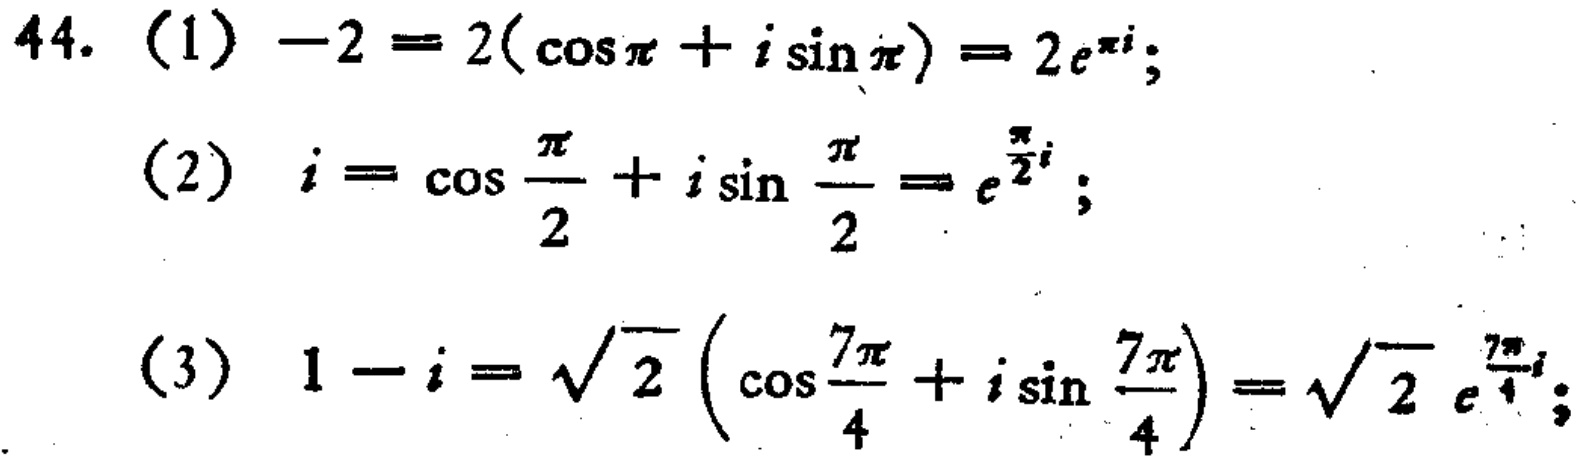
\[

\begin{align*}

44. \quad (1)\quad -2&= 2(\cos\pi + i\sin\pi)=2e^{\pi i};\\

(2)\quad i&=\cos\frac{\pi}{2}+i\sin\frac{\pi}{2}=e^{\frac{\pi}{2}i};\\

(3)\quad 1 - i&=\sqrt{2}\left(\cos\frac{7\pi}{4}+i\sin\frac{7\pi}{4}\right)=\sqrt{2}e^{\frac{7\pi}{4}i};

\end{align*}

\]